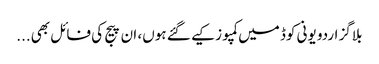
بلاگز اردو یونی کوڈ میں کمپوز کیے گئے ہوں، ان پیج کی فائل بھی...